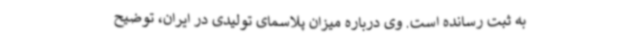
به ثبت رسانده است. وی درباره میزان پلاسمای تولیدی در ایران، توضیح